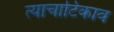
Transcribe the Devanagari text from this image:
त्याचाटिकाव